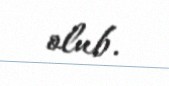
olub.